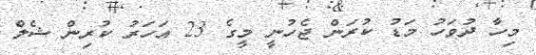
މިހާ ދުވަހު މަޑު ކުރަން ޖެހުނީ މީގެ 23 އަހަރު ކުރިން ޝެލް